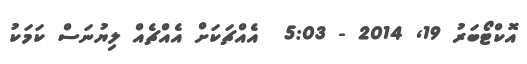
އޮކްޓޯބަރު 19